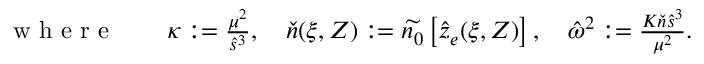
\begin{array} { r } { \mathrm { ~ w ~ h ~ e ~ r ~ e ~ } \qquad \kappa : = \frac { \mu ^ { 2 } } { \hat { s } ^ { 3 } } , \quad \check { n } ( \xi , Z ) : = \widetilde { n _ { 0 } } \left[ \hat { z } _ { e } ( \xi , Z ) \right] , \quad \hat { \omega } ^ { 2 } : = \frac { K \check { n } \hat { s } ^ { 3 } } { \mu ^ { 2 } } . } \end{array}